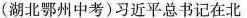
(湖北鄂州中考)习近平总书记在北